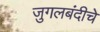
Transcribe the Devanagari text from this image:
जुगलबंदीचे